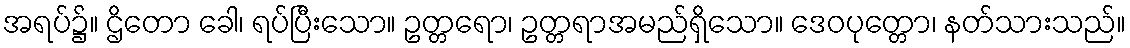
အရပ်၌။ ဌိတော ခေါ၊ ရပ်ပြီးသော။ ဥတ္တရော၊ ဥတ္တရာအမည်ရှိသော။ ဒေဝပုတ္တော၊ နတ်သားသည်။